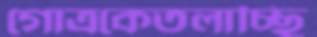
গোত্রকেতলাচ্ছি